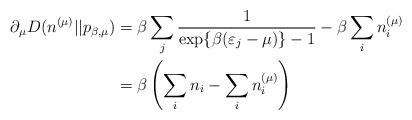
LaTeX: \begin{align*}\partial_\mu D(n^{(\mu)}||p_{\beta,\mu}) &= \beta \sum_j \frac{1}{\exp\{\beta(\varepsilon_j - \mu)\} - 1} - \beta\sum_i n_i^{(\mu)}\\&= \beta\left( \sum_i n_i - \sum_i n_i^{(\mu)}\right)\end{align*}